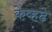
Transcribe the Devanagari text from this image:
केव्हढे